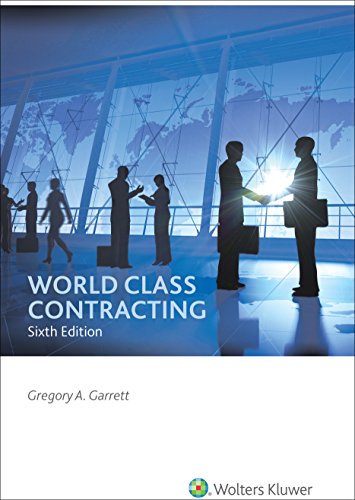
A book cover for World Class Contracting; Gregory A. Garrett; Law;